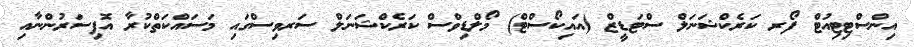
އިންސްޓިޓިއުޓް ފޯރ ކަރެކްޝަނަލް ސްޓަޑީޒް (އައިކޯސްޓް) މޯލްޑިވްސް ކަރެކްޝަނަލް ސަރވިސްގައި މަސައްކަތްކުރާ އޮފިސަރުންނާއި